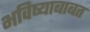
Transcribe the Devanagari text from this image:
भविष्याबाबत